Indian journal of veterinary science and animal husbandry - Volumes 18-21, 1948-1951
Year: 1948
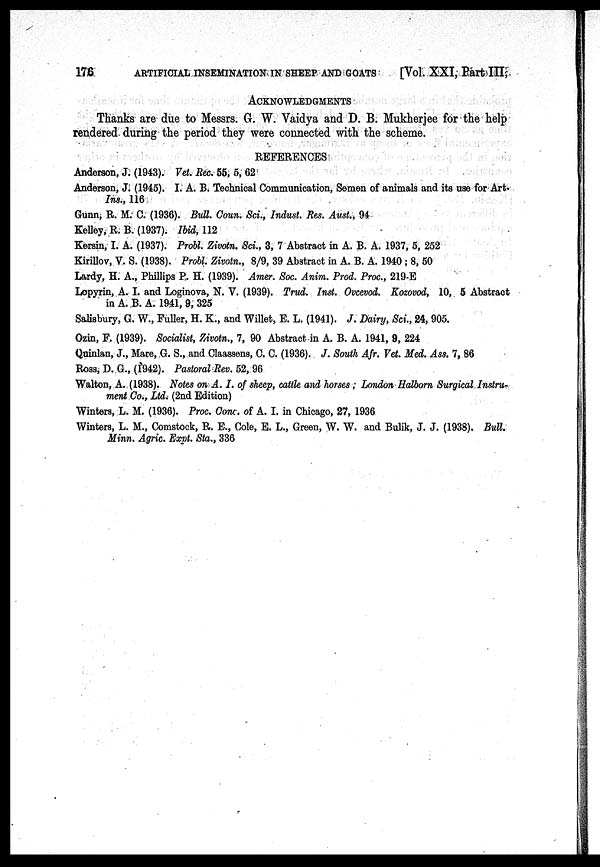
176
ARTIFICIAL INSEMINATION IN SHEEP AND GOATS
[Vol. XXI, Part III,
ACKNOWLEDGMENTS
Thanks are due to Messrs. G. W. Vaidya and D. B. Mukherjee for the help
rendered during the period they were connected with the scheme.
REFERENCES
Anderson, J. (1943). Vet. Rec. 55, 5, 62
Anderson, J. (1945). I. A. B. Technical Communication, Semen of animals and its use for Art.
Ins., 116
Gunn, R. M. C. (1936). Bull. Coun. Sci., Indust. Res. Aust., 94
Kelley, R. B. (1937). Ibid, 112
Kersin, I. A. (1937). Probl. Zivotn. Sci., 3, 7 Abstract in A. B. A. 1937, 5, 252
Kirillov, V. S. (1938). Probl. Zivotn., 8/9, 39 Abstract in A. B. A. 1940 ; 8, 50
Lardy, H. A., Phillips P. H. (1939). Amer. Soc. Anim. Prod. Proc., 219-E
Lopyrin, A. I. and Loginova, N. V. (1939). Trud. Inst. Ovcevod. Kozovod, 10, 5 Abstract
in A. B. A. 1941, 9, 325
Salisbury, G. W., Fuller, H. K., and Willet, E. L. (1941). J. Dairy, Sci., 24, 905.
Ozin, F. (1939). Socialist, Zivotn., 7, 90 Abstract in A. B. A. 1941, 9, 224
Quinlan, J., Mare, G. S., and Claassens, C. C. (1936). J. South Afr. Vet. Med. Ass. 7, 86
Ross, D. G., (1942). Pastoral Rev. 52, 96
Walton, A. (1938). Notes on A. I. of sheep, cattle and horses; London Halborn Surgical Instru-
ment Co., Ltd. (2nd Edition)
Winters, L. M. (1936). Proc. Conc. of A. I. in Chicago, 27, 1936
Winters, L. M., Comstock, R. E., Cole, E. L., Green, W. W. and Bulik, J. J. (1938). Bull.
Minn. Agric. Expt. Sta., 336